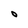
Character: O